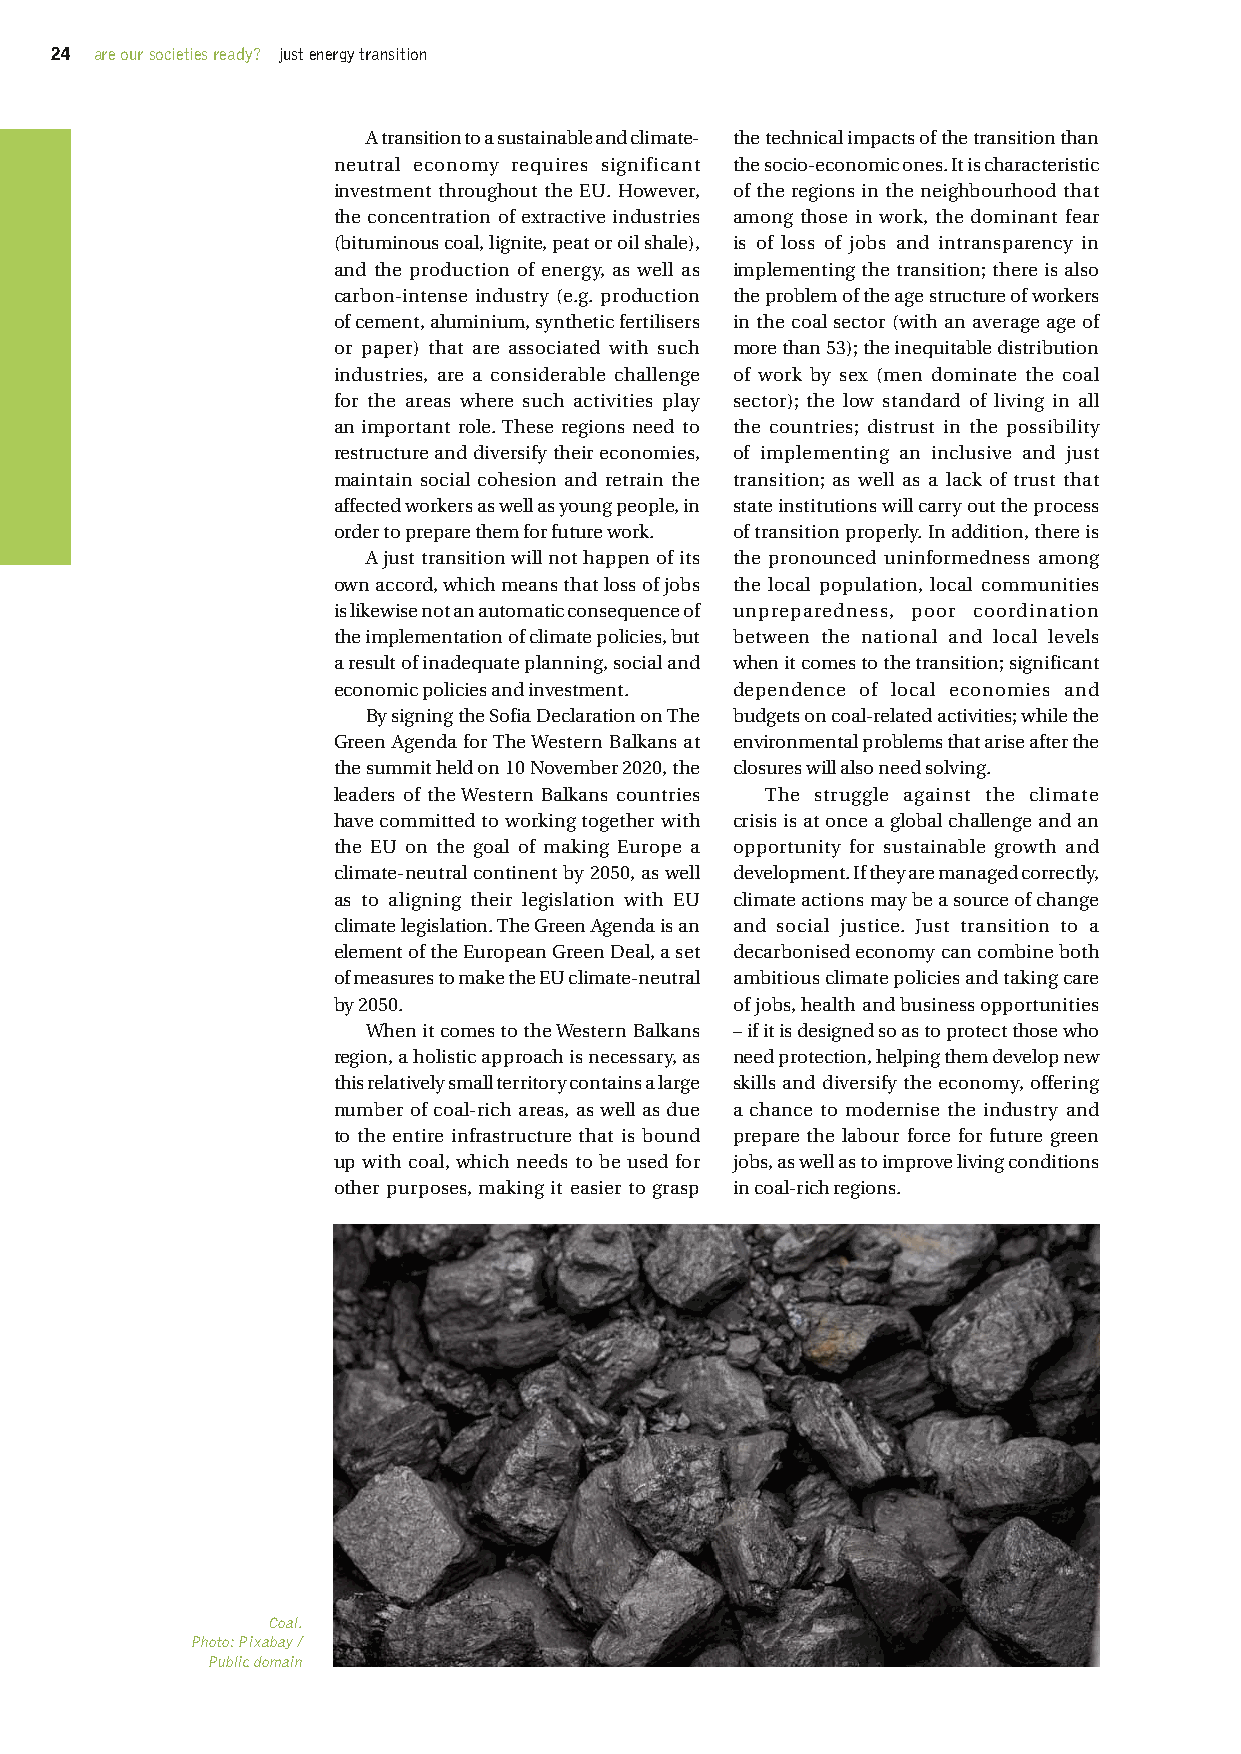
24 are our societies ready? just energy transition
 A transition to a sustainable and climate- the technical impacts of the transition than
 neutral economy requires significant the socio-economic ones. It is characteristic
 investment throughout the EU. However, of the regions in the neighbourhood that
 the concentration of extractive industries among those in work, the dominant fear
 (bituminous coal, lignite, peat or oil shale), is of loss of jobs and intransparency in
 and the production of energy, as well as implementing the transition; there is also
 carbon-intense industry (e.g. production the problem of the age structure of workers
 of cement, aluminium, synthetic fertilisers in the coal sector (with an average age of
 or paper) that are associated with such more than 53); the inequitable distribution
 industries, are a considerable challenge of work by sex (men dominate the coal
 for the areas where such activities play sector); the low standard of living in all
 an important role. These regions need to the countries; distrust in the possibility
 restructure and diversify their economies, of implementing an inclusive and just
 maintain social cohesion and retrain the transition; as well as a lack of trust that
 affected workers as well as young people, in state institutions will carry out the process
 order to prepare them for future work. of transition properly. In addition, there is
 A just transition will not happen of its the pronounced uninformedness among
 own accord, which means that loss of jobs the local population, local communities
 is likewise not an automatic consequence of unpreparedness, poor coordination
 the implementation of climate policies, but between the national and local levels
 a result of inadequate planning, social and when it comes to the transition; significant
 economic policies and investment. dependence of local economies and
 By signing the Sofia Declaration on The budgets on coal-related activities; while the
 Green Agenda for The Western Balkans at environmental problems that arise after the
 the summit held on 10 November 2020, the closures will also need solving.
 leaders of the Western Balkans countries The struggle against the climate
 have committed to working together with crisis is at once a global challenge and an
 the EU on the goal of making Europe a opportunity for sustainable growth and
 climate-neutral continent by 2050, as well development. If they are managed correctly,
 as to aligning their legislation with EU climate actions may be a source of change
 climate legislation. The Green Agenda is an and social justice. Just transition to a
 element of the European Green Deal, a set decarbonised economy can combine both
 of measures to make the EU climate-neutral ambitious climate policies and taking care
 by 2050.                  of jobs, health and business opportunities
 When it comes to the Western Balkans – if it is designed so as to protect those who
 region, a holistic approach is necessary, as need protection, helping them develop new
 this relatively small territory contains a large skills and diversify the economy, offering
 number of coal-rich areas, as well as due a chance to modernise the industry and
 to the entire infrastructure that is bound prepare the labour force for future green
 up with coal, which needs to be used for jobs, as well as to improve living conditions
 other purposes, making it easier to grasp in coal-rich regions.
 Coal.
 Photo: Pixabay /
 Public domain